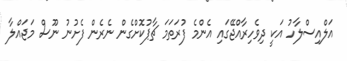
އަލްއިސްލާހު އަކީ ދިވެހިރާއްޖޭގައި އެންމެ ފުރަތަމަ ޗާޕުކޮށްގެން ނެރެން ފެށުނު ނޫސް މަޖައްލާ